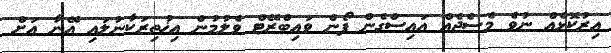
އިރުކޮޅެއް ނުވެ މެސެޖެއް އައިސްގެން ފޯން ވައިބްރޭޓް ވެލުމުން އިޚުތިރަކާނުލައި އޭނާ އަށް